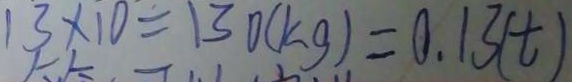
1 3 \times 1 0 = 1 3 0 ( k g ) = 0 . 1 3 ( t )